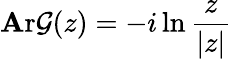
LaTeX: \operatorname{\mathbf{A}r\mathcal{G}}(z)=-i\ln{\frac{{z}}{{|z|}}}